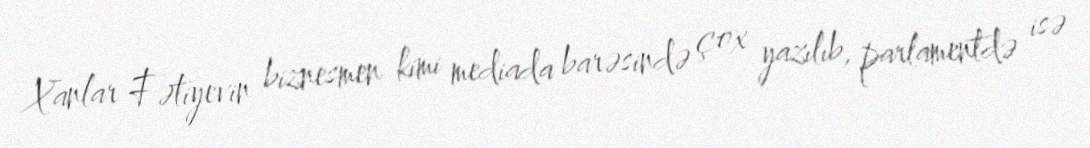
Xanlar Fətiyevin biznesmen kimi mediada barəsində çox yazılıb, parlamentdə isə